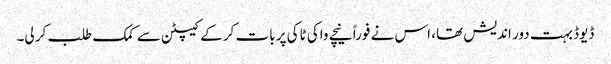
ڈیوڈ بہت دور اندیش تھا، اس نے فوراً نیچے واکی ٹاکی پر بات کر کے کیپٹن سے کمک طلب کر لی۔